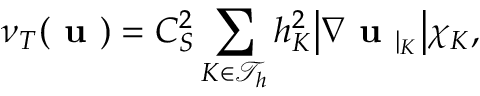
\nu _ { T } ( \textbf { u } ) = C _ { S } ^ { 2 } \displaystyle \sum _ { K \in \mathcal { T } _ { h } } h _ { K } ^ { 2 } \big | \nabla \textbf { u } _ { | _ { K } } \big | \chi _ { K } ,